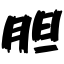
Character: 胆